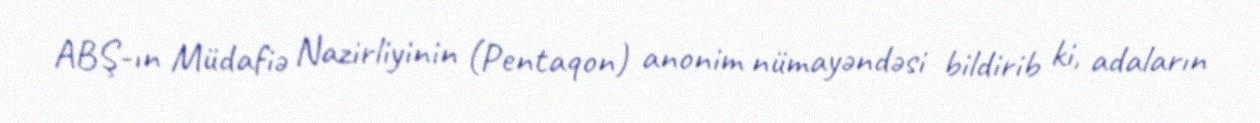
ABŞ-ın Müdafiə Nazirliyinin (Pentaqon) anonim nümayəndəsi bildirib ki, adaların